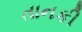
તાનકી